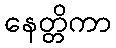
နေတ္တိကာ